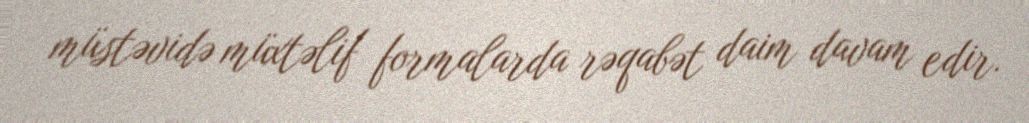
müstəvidə müxtəlif formalarda rəqabət daim davam edir.